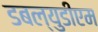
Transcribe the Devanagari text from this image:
डबल्युडीएम